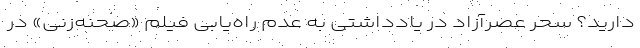
دارید؟ سحر عصرآزاد در یادداشتی به عدم راه‌یابی فیلم «صحنه‌زنی» در